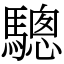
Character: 驄